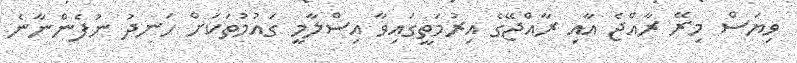
ވިޔަސް މިރޭ ރާއްޖެ އާއި ރާއްޖޭގެ އިރުމަތީގައިވާ އިސްލާމީ ގައުމުތަކަށް ހަނދު ނުފެންނާނެ